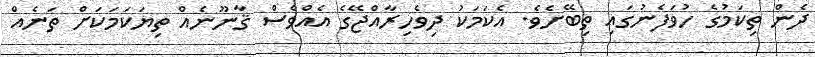
ދެން ތިކަމުގެ ހުވަފެނުގައި ތިބޭށެވެ. އެކަމަކު ދިވެހިރާއްޖޭގެ އެއްވެސް ޤާނޫނެއް ތިޔަކަމަކަށް ތަނެއް